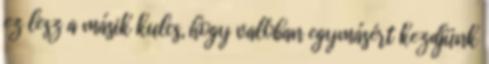
ez lesz a másik kulcs, hogy valóban egymásért kezdjünk